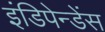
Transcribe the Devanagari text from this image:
इंडिपेन्डेंस